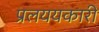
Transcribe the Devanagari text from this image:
प्रलययकारी